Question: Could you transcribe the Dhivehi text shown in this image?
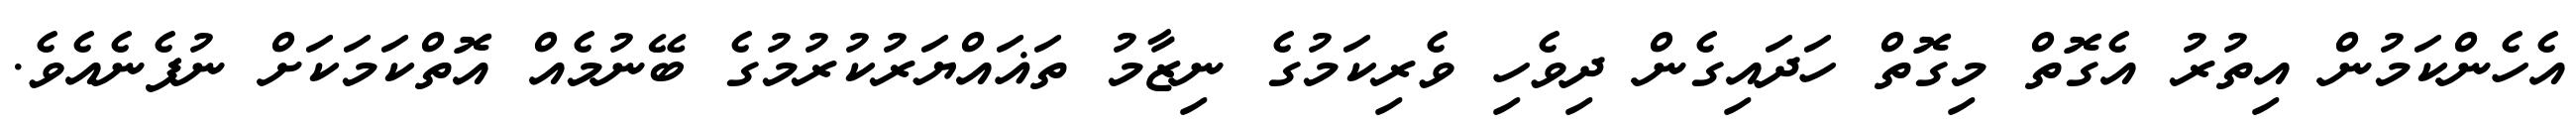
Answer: އެހެންކަމުން އިތުރު އެގޮތް މިގޮތް ހަދައިގެން ދިވެހި ވެރިކަމުގެ ނިޒާމު ތަޣައްޔަރުކުރުމުގެ ބޭނުމެއް އޮތްކަމަކަށް ނުފެނެއެވެ.